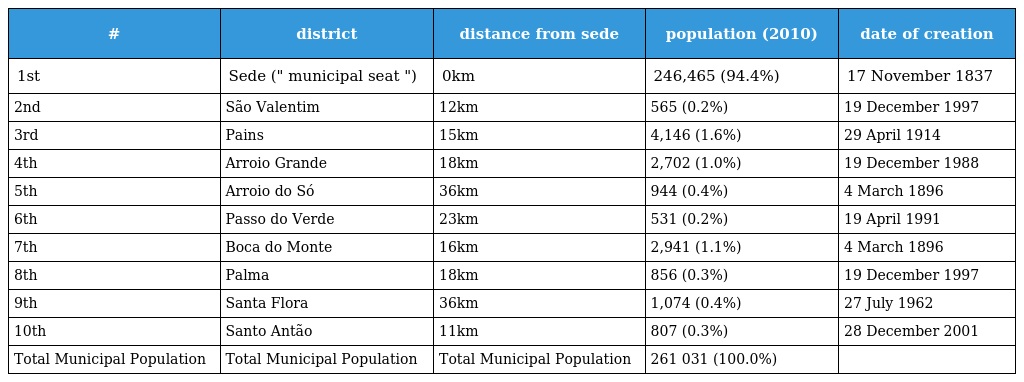
| # | district | distance from sede | population (2010) | date of creation |
 | --- | --- | --- | --- | --- |
 | 1st | Sede (" municipal seat ") | 0km | 246,465 (94.4%) | 17 November 1837 |
 | 2nd | São Valentim | 12km | 565 (0.2%) | 19 December 1997 |
 | 3rd | Pains | 15km | 4,146 (1.6%) | 29 April 1914 |
 | 4th | Arroio Grande | 18km | 2,702 (1.0%) | 19 December 1988 |
 | 5th | Arroio do Só | 36km | 944 (0.4%) | 4 March 1896 |
 | 6th | Passo do Verde | 23km | 531 (0.2%) | 19 April 1991 |
 | 7th | Boca do Monte | 16km | 2,941 (1.1%) | 4 March 1896 |
 | 8th | Palma | 18km | 856 (0.3%) | 19 December 1997 |
 | 9th | Santa Flora | 36km | 1,074 (0.4%) | 27 July 1962 |
 | 10th | Santo Antão | 11km | 807 (0.3%) | 28 December 2001 |
 | Total Municipal Population | Total Municipal Population | Total Municipal Population | 261 031 (100.0%) |  |